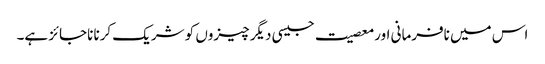
اس میں نافرمانی اور معصیت جیسی دیگر چیزوں کو شریک کرنا ناجائز ہے۔